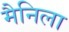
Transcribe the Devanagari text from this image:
मैनिला